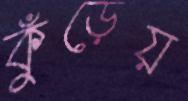
কুঁড়েয়